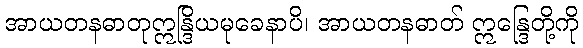
အာယတနဓာတုဣန္ဒြိယမုခေနာပိ၊ အာယတနဓာတ် ဣန္ဒြေတို့ကို